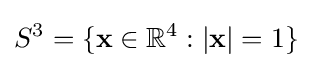
S^{3}=\{\mathbf {x} \in \mathbb {R} ^{4}:|\mathbf {x} |=1\}